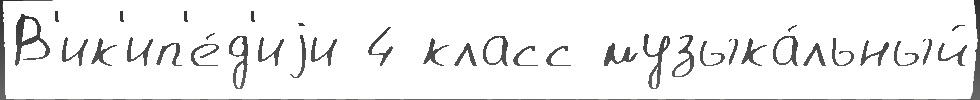
В'ик'ип'е́д'иjи 4 класс музыка́льный